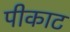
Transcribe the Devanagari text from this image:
पीकाट